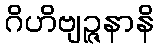
ဂိဟိဗျဉ္ဇနာနိ